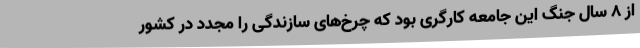
از ٨ سال جنگ این جامعه کارگری بود که چرخ‌های سازندگی را مجدد در کشور